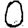
Digit: 0